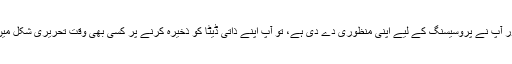
اگر کاروباری لین دین سے متعلق کوئی ضروری یا قانونی وجوہات نہ ہوں اور آپ نے پروسیسنگ کے لیے اپنی منظوری دے دی ہے، تو آپ اپنے ذاتی ڈیٹا کو ذخیرہ کرنے پر کسی بھی وقت تحریری شکل میں فوری طور پر اعتراض کرسکتے ہیں (جیسے ای میل یا فیکس کے ذریعہ)۔